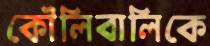
কৌলিবালিকে